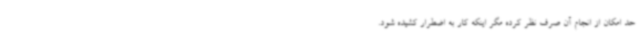
حد امکان از انجام آن صرف نظر کرده مگر اینکه کار به اضطرار کشیده شود.